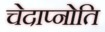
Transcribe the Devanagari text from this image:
चेदाप्नोति